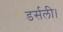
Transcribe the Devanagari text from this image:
डर्सली।